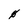
Character: 0